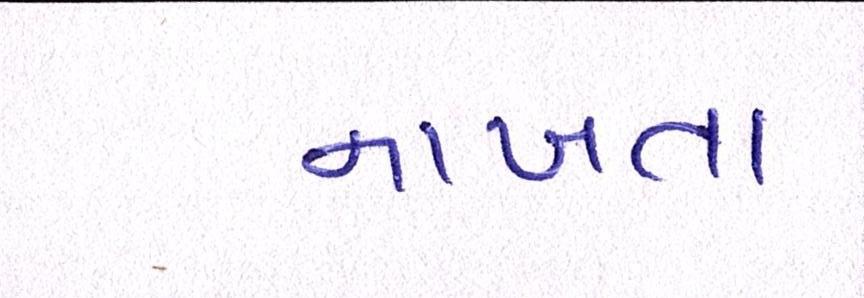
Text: નાખતા